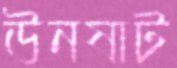
উনষাট